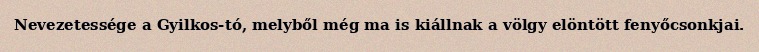
Nevezetessége a Gyilkos-tó, melyből még ma is kiállnak a völgy elöntött fenyőcsonkjai.